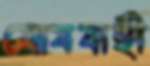
মোষবাহী